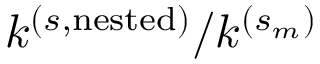
k ^ { ( s , \mathrm { n e s t e d } ) } / k ^ { ( s _ { m } ) }